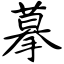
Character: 摹